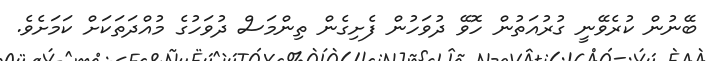
ބޭނުން ކުރެވޭނީ ގުރުއަތުން ހޮވޭ ދުވަހުން ފެށިގެން ތިންމަސް ދުވަހުގެ މުއްދަތަކަށް ކަމަށެވެ.